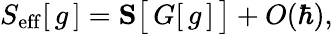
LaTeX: S_{\mathrm{eff}}[\, g\, ]=\mathbf{S}\big[\, G[\, g\, ]\, \big]+O(\hbar),